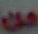
من